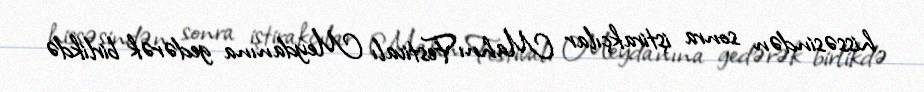
hissəsindən sonra iştirakçılar Mahnı Festivalı Meydanına gedərək birlikdə